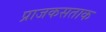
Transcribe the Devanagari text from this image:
प्राजकसताक